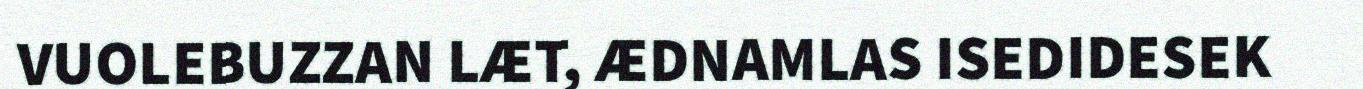
VUOLEBUZZAN LÆT, ÆDNAMLAS ISEDIDESEK